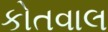
કોતવાલ